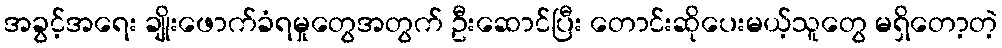
အခွင့်အရေး ချိုးဖောက်ခံရမှုတွေအတွက် ဦးဆောင်ပြီး တောင်းဆိုပေးမယ့်သူတွေ မရှိတော့တဲ့